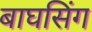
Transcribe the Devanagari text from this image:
बाघसिंग